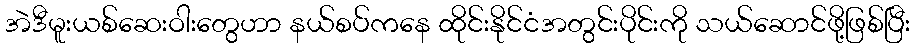
အဲဒီမူးယစ်ဆေးဝါးတွေဟာ နယ်စပ်ကနေ ထိုင်းနိုင်ငံအတွင်းပိုင်းကို သယ်ဆောင်ဖို့ဖြစ်ပြီး